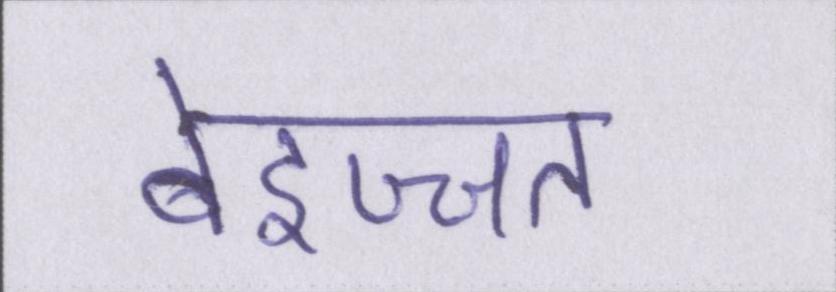
बेइज्जत